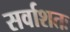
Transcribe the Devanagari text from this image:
सर्वाशतः